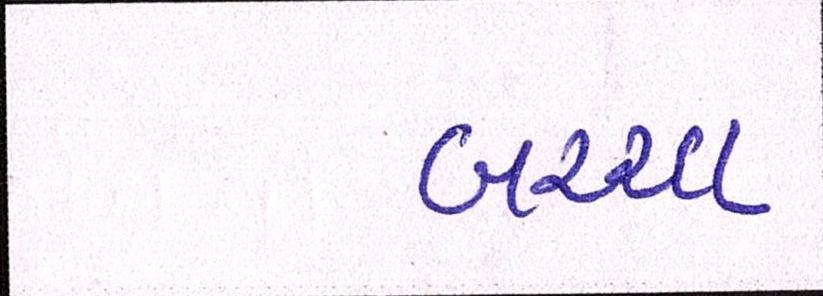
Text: બચ્ચા